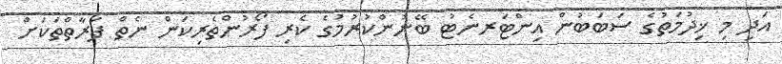
އަދި މި ޚިދުމަތުގެ ސަބަބުން އިންޓަރނެޓު ބޭނުންކުރުމުގެ ކެރި ފޯރުންތެރިކަން ނެތް ފަރާތްތަކަށް